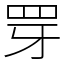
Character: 䍓